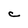
Character: C